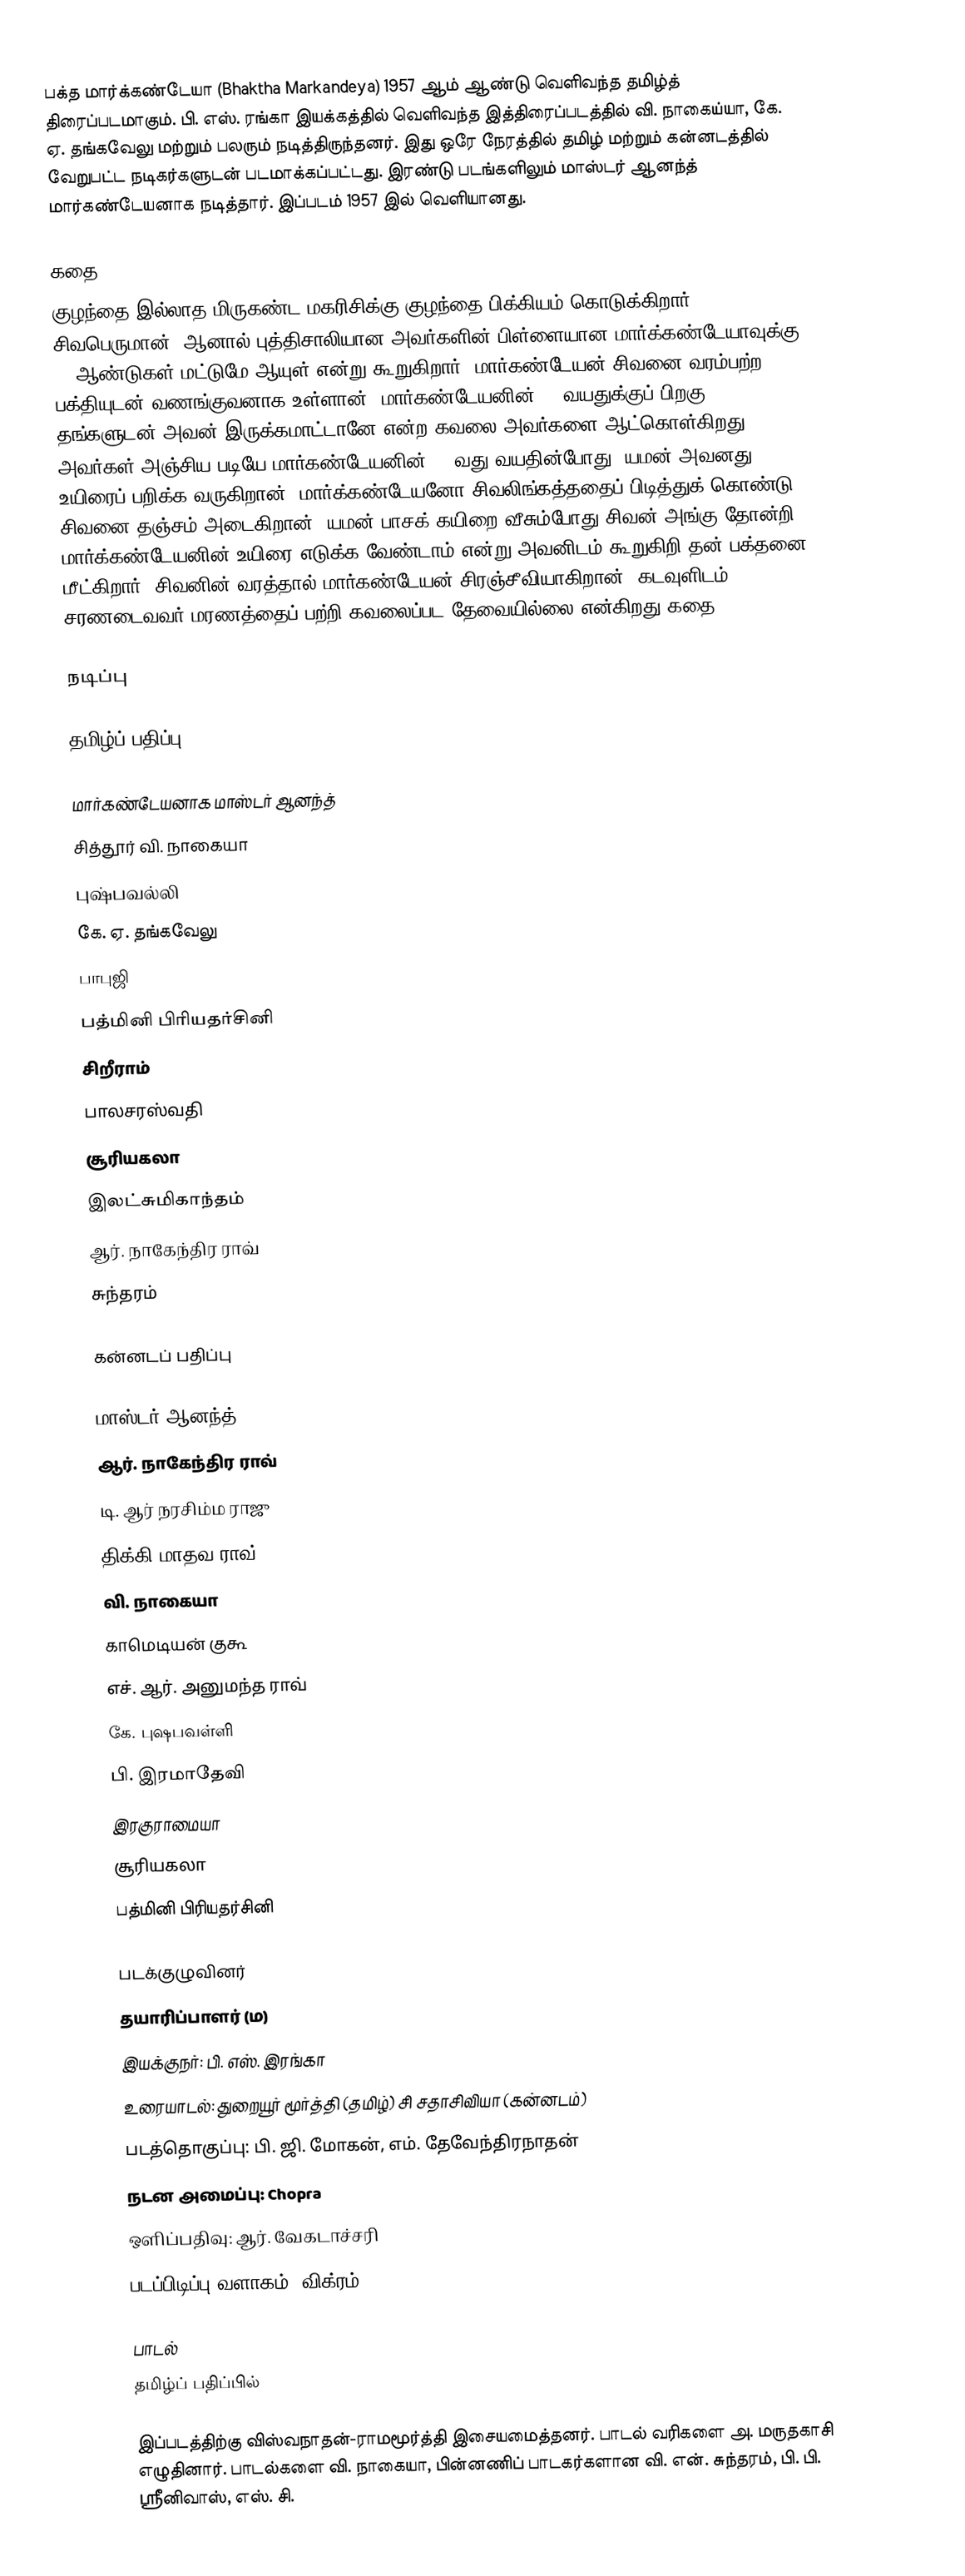
பக்த மார்க்கண்டேயா (Bhaktha Markandeya) 1957 ஆம் ஆண்டு வெளிவந்த தமிழ்த் திரைப்படமாகும். பி. எஸ். ரங்கா இயக்கத்தில் வெளிவந்த இத்திரைப்படத்தில் வி. நாகைய்யா, கே. ஏ. தங்கவேலு மற்றும் பலரும் நடித்திருந்தனர். இது ஒரே நேரத்தில் தமிழ் மற்றும் கன்னடத்தில்  வேறுபட்ட நடிகர்களுடன் படமாக்கப்பட்டது. இரண்டு படங்களிலும் மாஸ்டர் ஆனந்த் மார்கண்டேயனாக நடித்தார். இப்படம் 1957 இல் வெளியானது.

கதை
குழந்தை இல்லாத மிருகண்ட மகரிசிக்கு குழந்தை பிக்கியம் கொடுக்கிறார் சிவபெருமான். ஆனால் புத்திசாலியான அவர்களின் பிள்ளையான மார்க்கண்டேயாவுக்கு 16 ஆண்டுகள் மட்டுமே ஆயுள் என்று கூறுகிறார். மார்கண்டேயன் சிவனை வரம்பற்ற பக்தியுடன் வணங்குவனாக உள்ளான். மார்கண்டேயனின் 16 வயதுக்குப் பிறகு தங்களுடன் அவன் இருக்கமாட்டானே என்ற கவலை அவர்களை ஆட்கொள்கிறது. அவர்கள் அஞ்சிய படியே மார்கண்டேயனின் 16 வது வயதின்போது, யமன் அவனது உயிரைப் பறிக்க வருகிறான். மார்க்கண்டேயனோ சிவலிங்கத்ததைப் பிடித்துக் கொண்டு சிவனை தஞ்சம் அடைகிறான். யமன் பாசக் கயிறை வீசும்போது சிவன் அங்கு தோன்றி, மார்க்கண்டேயனின் உயிரை எடுக்க வேண்டாம் என்று அவனிடம் கூறுகிறி தன் பக்தனை மீட்கிறார். சிவனின் வரத்தால் மார்கண்டேயன் சிரஞ்சீவியாகிறான். கடவுளிடம் சரணடைவவர் மரணத்தைப் பற்றி கவலைப்பட தேவையில்லை என்கிறது கதை.

நடிப்பு

தமிழ்ப் பதிப்பு

மார்கண்டேயனாக மாஸ்டர் ஆனந்த்
சித்தூர் வி. நாகையா
புஷ்பவல்லி
கே. ஏ. தங்கவேலு
பாபுஜி
பத்மினி பிரியதர்சினி
சிறீராம்
பாலசரஸ்வதி
சூரியகலா
இலட்சுமிகாந்தம்
ஆர். நாகேந்திர ராவ்
சுந்தரம்

கன்னடப் பதிப்பு

மாஸ்டர் ஆனந்த்
ஆர். நாகேந்திர ராவ்
டி. ஆர் நரசிம்ம ராஜு
திக்கி மாதவ ராவ்
வி. நாகையா
காமெடியன் குகூ
எச். ஆர். அனுமந்த ராவ்
கே. புஷபவள்ளி
பி. இரமாதேவி
இரகுராமையா
சூரியகலா
பத்மினி பிரியதர்சினி

படக்குழுவினர்
தயாரிப்பாளர் (ம)
இயக்குநர்: பி. எஸ். இரங்கா
உரையாடல்: துறையூர் மூர்த்தி (தமிழ்) சி சதாசிவியா (கன்னடம்)
படத்தொகுப்பு: பி. ஜி. மோகன், எம். தேவேந்திரநாதன்
நடன அமைப்பு: Chopra
ஒளிப்பதிவு: ஆர். வேகடாச்சரி
படப்பிடிப்பு வளாகம்: விக்ரம்

பாடல்
தமிழ்ப் பதிப்பில்

இப்படத்திற்கு  விஸ்வநாதன்-ராமமூர்த்தி இசையமைத்தனர். பாடல் வரிகளை அ. மருதகாசி எழுதினார். பாடல்களை வி. நாகையா, பின்னணிப் பாடகர்களான வி. என். சுந்தரம், பி. பி. ஸ்ரீனிவாஸ், எஸ். சி.